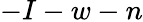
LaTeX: -I-w-n